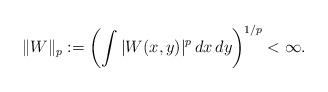
LaTeX: \begin{align*}\|W\|_p:=\left(\int |W(x,y)|^p \, dx \, dy\right)^{1/p}<\infty.\end{align*}